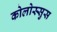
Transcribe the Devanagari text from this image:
कोलोस्सुस